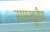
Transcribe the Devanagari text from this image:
समखुरीय